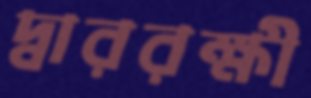
দ্বাররক্ষী